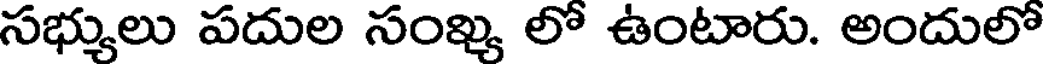
సభ్యులు పదుల సంఖ్య లో ఉంటారు. అందులో